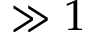
\gg 1